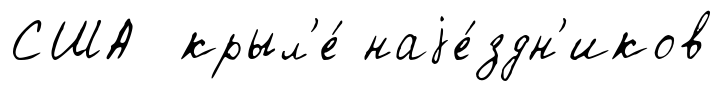
США крыл'е́ наjе́здн'иков